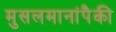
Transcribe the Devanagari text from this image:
मुसलमानांपैकी